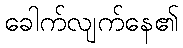
ခေါက်လျက်နေ၏